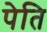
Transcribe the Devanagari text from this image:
पेति